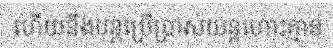
ហើយនឹងបន្តប្រើប្រាស់យន្តហោះគ្មាន